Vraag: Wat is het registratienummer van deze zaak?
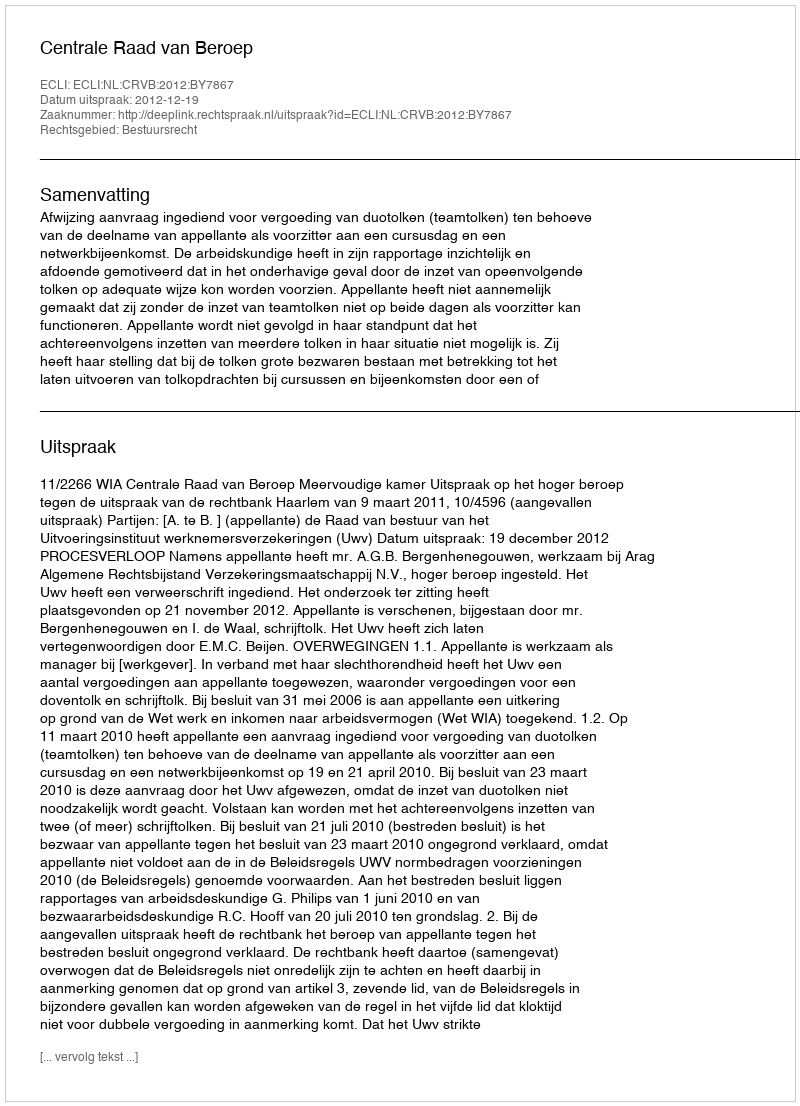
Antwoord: http://deeplink.rechtspraak.nl/uitspraak?id=ECLI:NL:CRVB:2012:BY7867